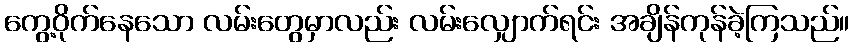
ကွေ့ဝိုက်နေသော လမ်းတွေမှာလည်း လမ်းလျှောက်ရင်း အချိန်ကုန်ခဲ့ကြသည်။